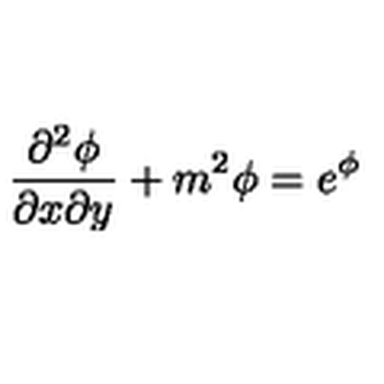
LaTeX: { \frac { { \partial } ^ { 2 } \phi } { \partial { x } \partial { y } } } + m ^ { 2 } \phi = e ^ { \phi }